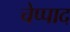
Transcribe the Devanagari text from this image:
चेप्पाद